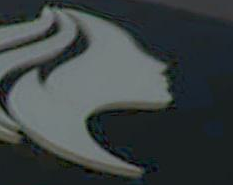
2